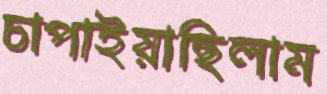
চাপাইয়াছিলাম